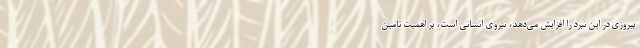
پیروزی در این نبرد را افزایش می‌دهد، نیروی انسانی است، بر اهمیت تامین